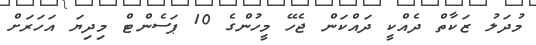
މުދަލު ޒަކާތް ދެއްކީ ދައްކަން ޖެހޭ މީހުންގެ 10 ޕަސެންޓް މިދިޔަ އަހަރަށް